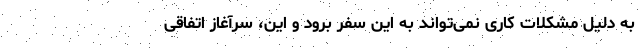
به دلیل مشکلات کاری نمی‌تواند به این سفر برود و این، سرآغاز اتفاقی